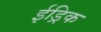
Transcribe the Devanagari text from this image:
ईड्रिक